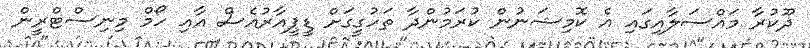
ދޫކުރާ މައްސަލާއިގައި އެ ކޮމިޝަނުން ކުރަމުންދާ ތަހުގީގަށް ޑީޕީއާރުއެސް އާއި ހޯމް މިނިސްޓްރީން